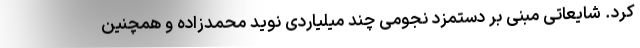
کرد. شایعاتی مبنی بر دستمزد نجومی چند میلیاردی نوید محمدزاده و همچنین